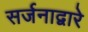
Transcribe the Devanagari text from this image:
सर्जनाद्वारे